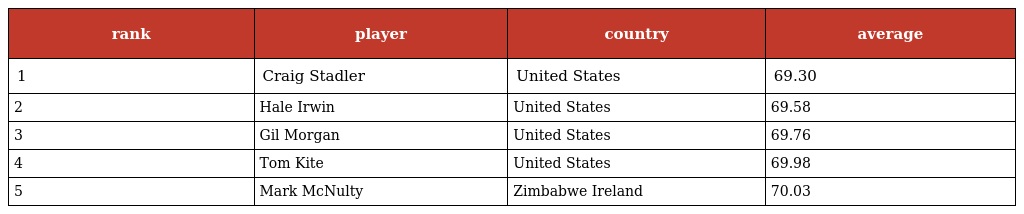
| rank | player | country | average |
 | --- | --- | --- | --- |
 | 1 | Craig Stadler | United States | 69.30 |
 | 2 | Hale Irwin | United States | 69.58 |
 | 3 | Gil Morgan | United States | 69.76 |
 | 4 | Tom Kite | United States | 69.98 |
 | 5 | Mark McNulty | Zimbabwe Ireland | 70.03 |